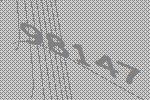
98147